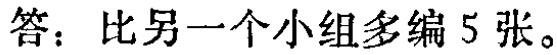
答：比另一个小组多编 5 张。